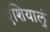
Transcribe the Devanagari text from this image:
एशियालुं